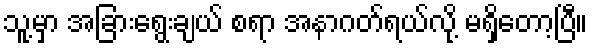
သူ့မှာ အခြားရွေးချယ် စရာ အနာဂတ်ရယ်လို့ မရှိတော့ပြီ။